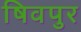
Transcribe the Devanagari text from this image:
षिवपुर